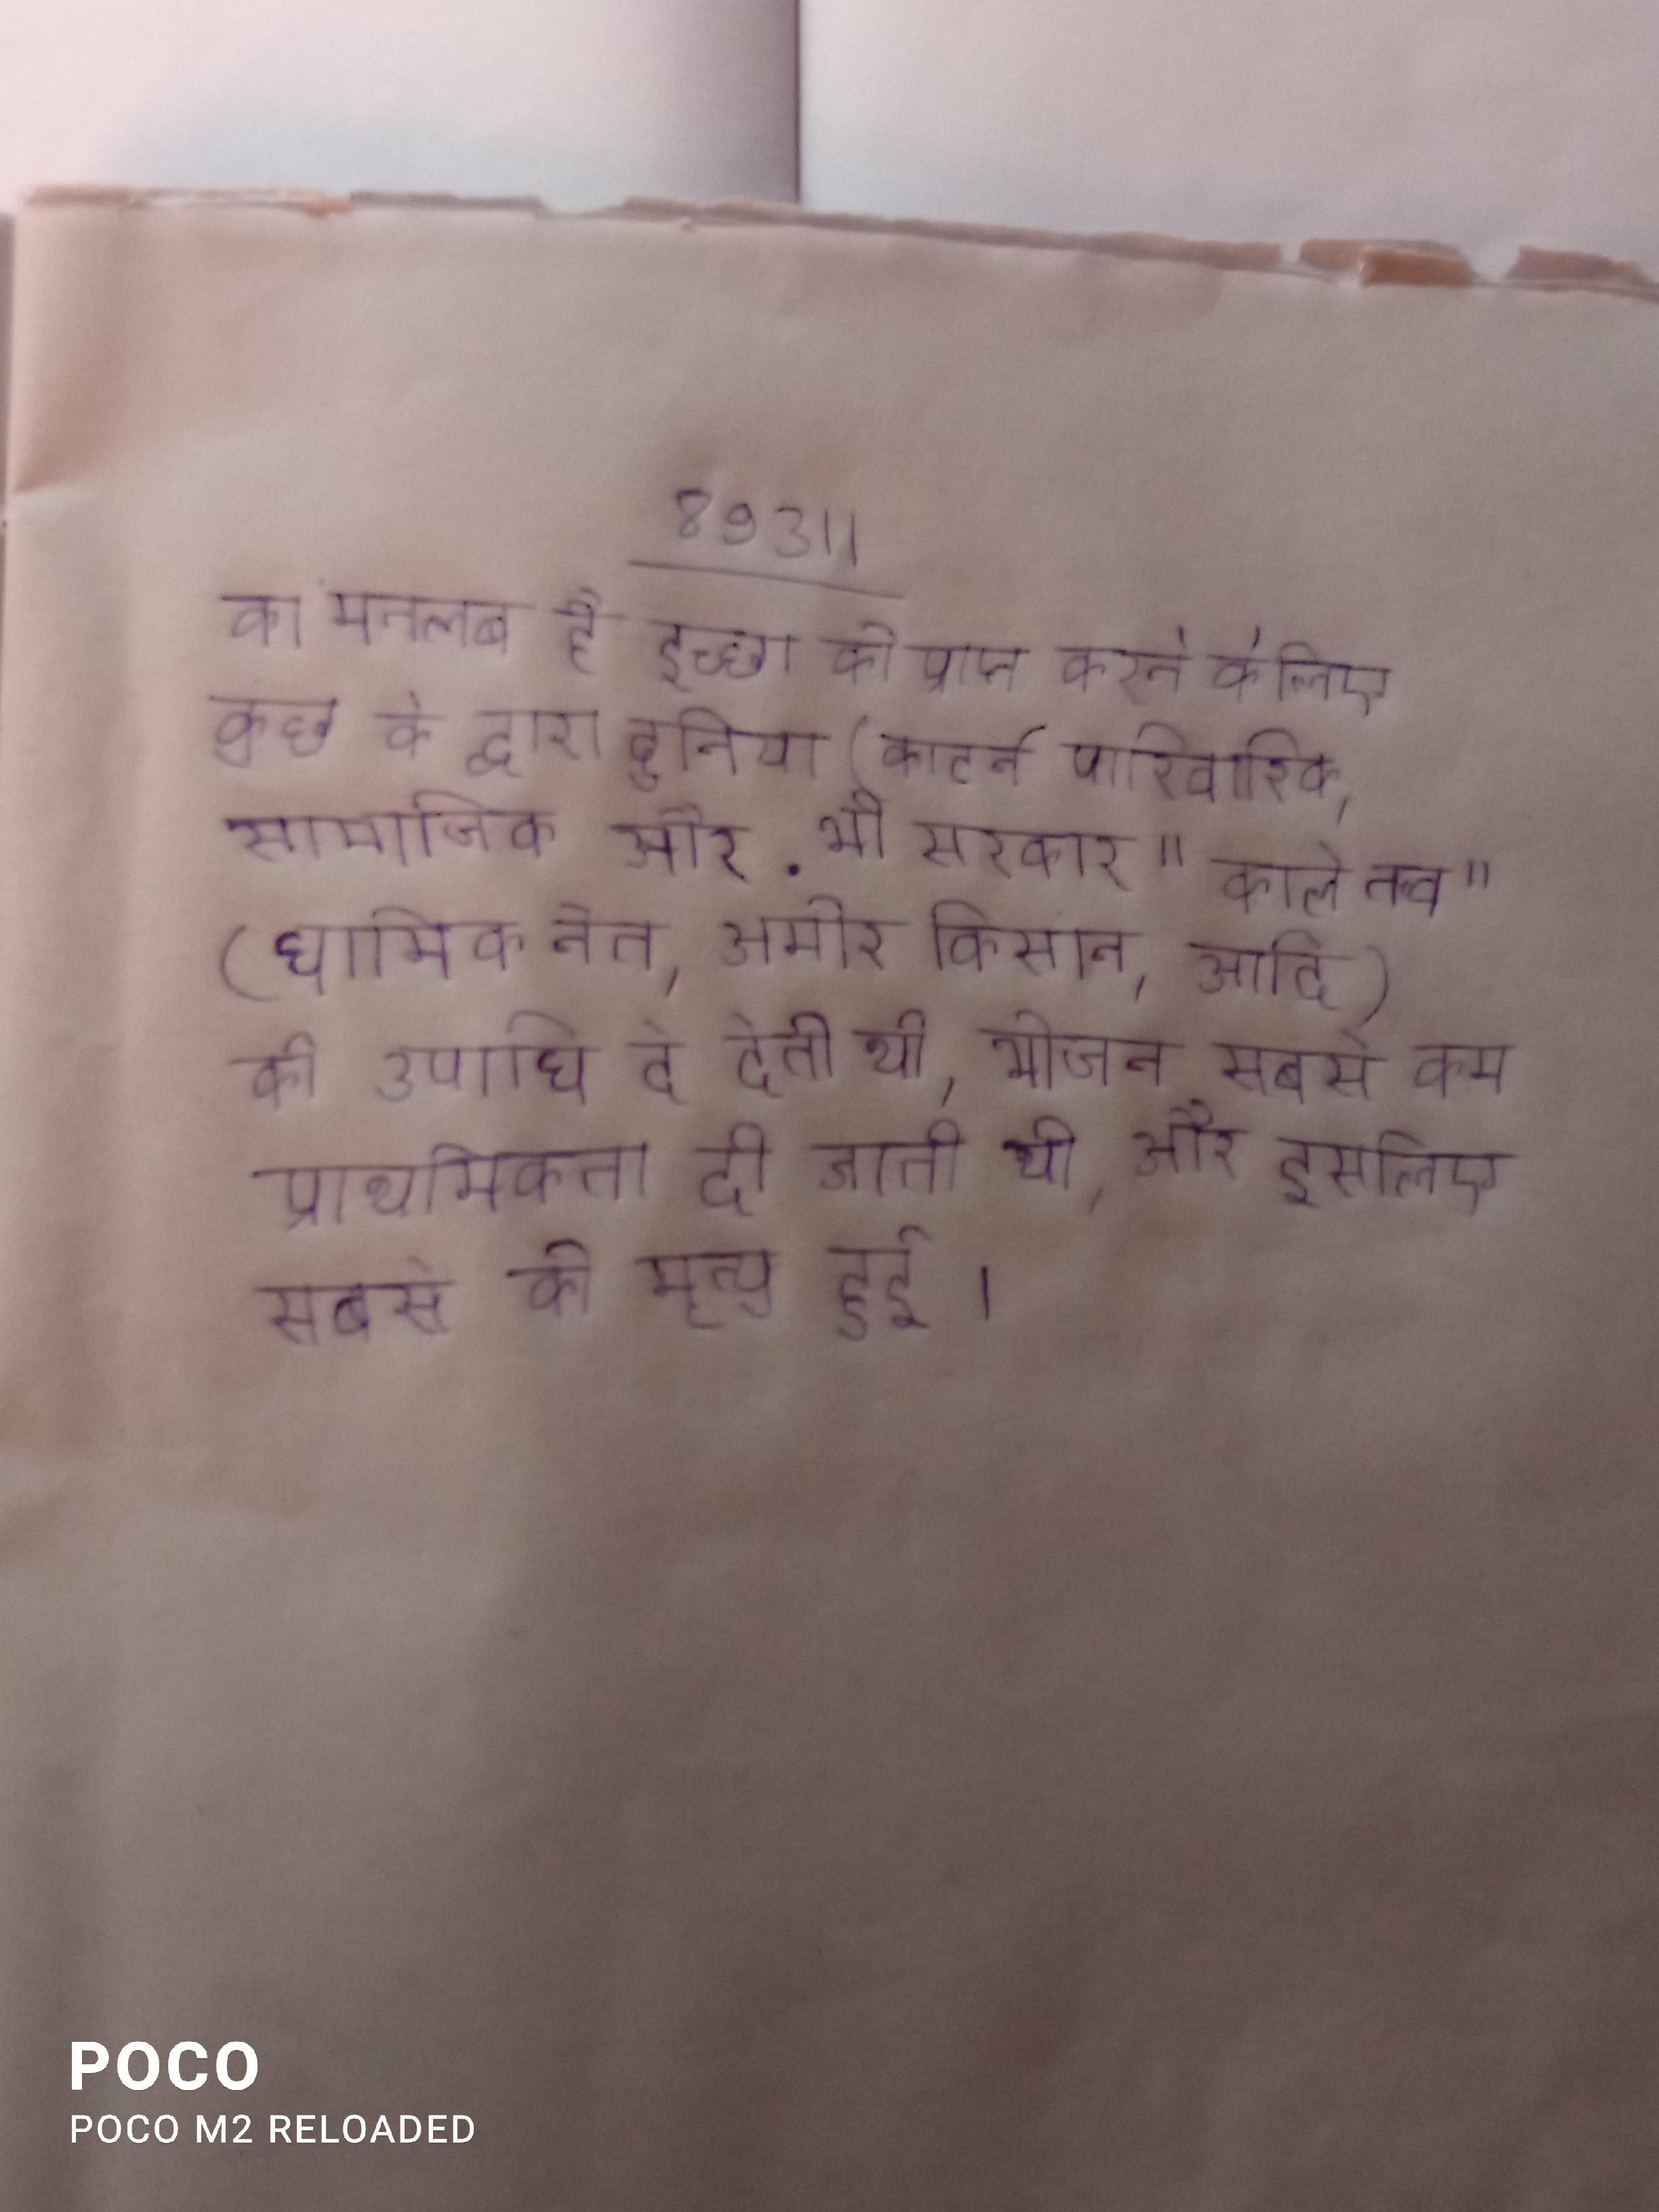
का मतलब है इच्छा को प्राप्त करने के लिए कुछ के द्वारा दुनिया (काटने पारिवारिक, सामाजिक और . भी सरकार "काले तत्व" (धार्मिक नेता, अमीर किसान, आदि) की उपाधि दे देती थी, भोजन सबसे कम प्राथमिकता दी जाती थी, और इसलिए सबसे की मृत्यु हुई ।